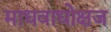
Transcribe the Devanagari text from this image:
माधवाधोक्षज